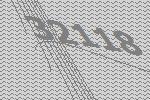
32118